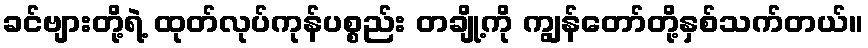
ခင်ဗျားတို့ရဲ့ ထုတ်လုပ်ကုန်ပစ္စည်း တချို့ကို ကျွန်တော်တို့နှစ်သက်တယ်။